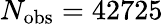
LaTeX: N_{\mathrm{obs}}=42725